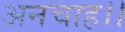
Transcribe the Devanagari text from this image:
अनचाह।।